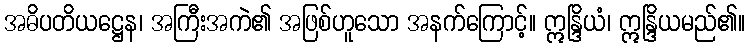
အဓိပတိယဋ္ဌေန၊ အကြီးအကဲ၏ အဖြစ်ဟူသော အနက်ကြောင့်။ ဣန္ဒြိယံ၊ ဣန္ဒြိယမည်၏။